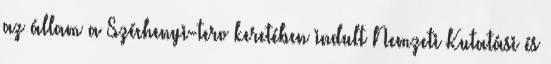
az állam a Széchenyi-terv keretében indult Nemzeti Kutatási és